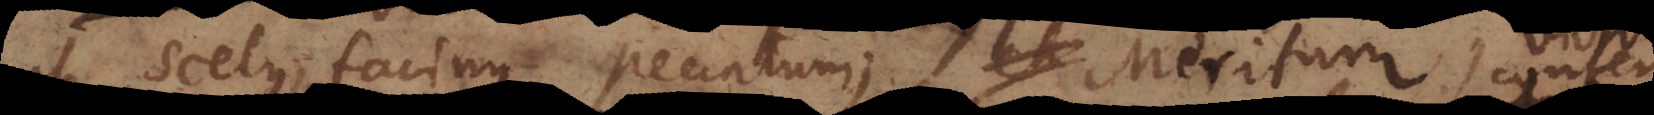
ut scelus, facinus, peccatum; Meritum, v